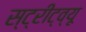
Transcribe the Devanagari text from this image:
स्ट्रीट्व्यू